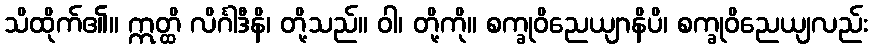
သိထိုက်၏။ ဣတ္ထိ လိင်္ဂါဒီနိ၊ တို့သည်။ ဝါ၊ တို့ကို။ စက္ခုဝိညေယျာနိပိ၊ စက္ခုဝိညေယျလည်း